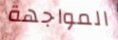
المواجهة